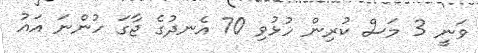
ވަނީ 3 މަސް ކުރިން ހުޅުވި 70 އެނދުގެ ޖާގަ ހުންނަ އައު